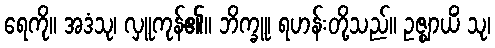
ရေကို။ အဒံသု၊ လှူကုန်၏။ ဘိက္ခူ၊ ရဟန်းတို့သည်။ ဥဇ္ဈာယိံ သု၊